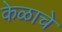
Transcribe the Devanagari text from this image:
केळाचे